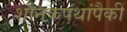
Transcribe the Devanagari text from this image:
शौनकपंथांपैकीं